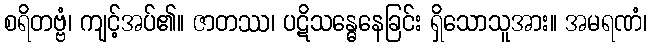
စရိတဗ္ဗံ၊ ကျင့်အပ်၏။ ဇာတဿ၊ ပဋိသန္ဓေနေခြင်း ရှိသောသူအား။ အမရဏံ၊